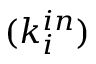
( k _ { i } ^ { i n } )